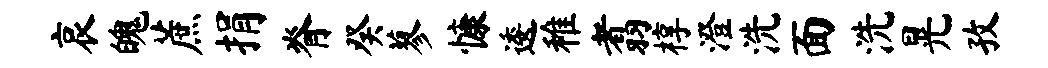
哀魄蔗捐脊癸蓼慷逶稚翥椁澄洗面洗晃孜